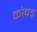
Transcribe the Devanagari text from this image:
कोबड़